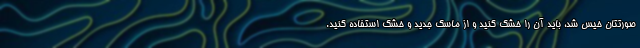
صورتتان خیس شد، باید آن را خشک کنید و از ماسک جدید و خشک استفاده کنید.